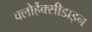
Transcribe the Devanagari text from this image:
क्लोर्हेक्सीडाइन